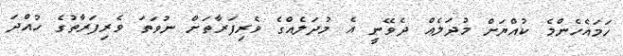
ހަމައެހެންމެ ކުއްޔަށް މުދަލެއް ދެވޭނީ އެ މުދަލެއްގެ ވެރިފަރާތަށް ނުވަތަ ވެރިފަރާތުގެ ހުއްދަ